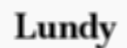
Lundy